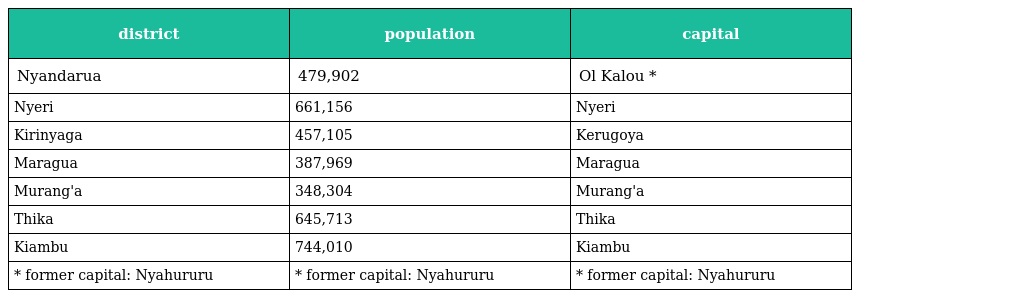
| district | population | capital |
 | --- | --- | --- |
 | Nyandarua | 479,902 | Ol Kalou * |
 | Nyeri | 661,156 | Nyeri |
 | Kirinyaga | 457,105 | Kerugoya |
 | Maragua | 387,969 | Maragua |
 | Murang'a | 348,304 | Murang'a |
 | Thika | 645,713 | Thika |
 | Kiambu | 744,010 | Kiambu |
 | * former capital: Nyahururu | * former capital: Nyahururu | * former capital: Nyahururu |